Report of an investigation of the epidemic of malarial fever in Assam, or, kala-azar
Disease focus: Malaria
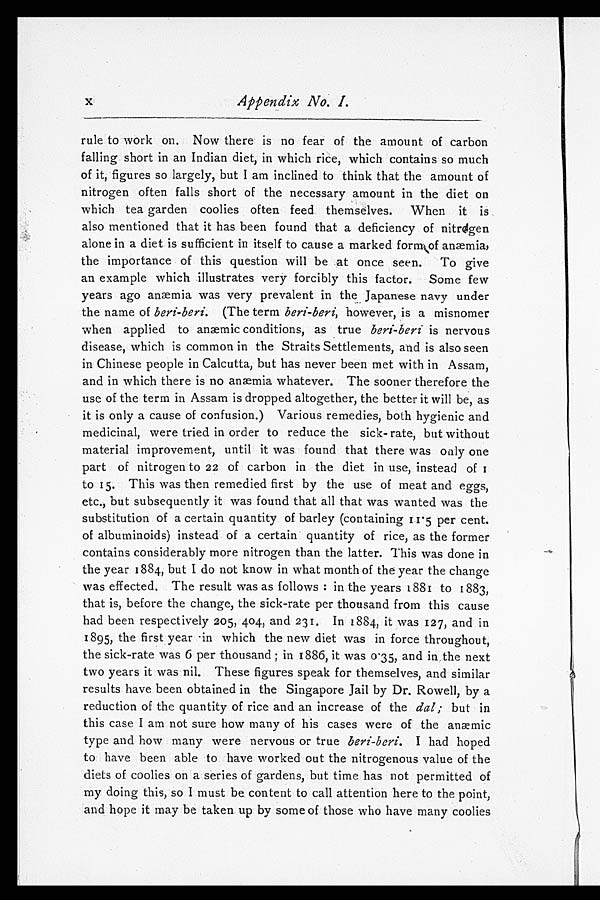
x Appendix No. I.
rule to work on. Now there is no fear of the amount of carbon
falling short in an Indian diet, in which rice, which contains so much
of it, figures so largely, but I am inclined to think that the amount of
nitrogen often falls short of the necessary amount in the diet on
which tea garden coolies often feed themselves. When it is
also mentioned that it has been found that a deficiency of nitrogen
alone in a diet is sufficient in itself to cause a marked form of anæmia,
the importance of this question will be at once seen. To give
an example which illustrates very forcibly this factor. Some few
years ago anæmia was very prevalent in the Japanese navy under
the name of beri-beri. (The term beri-beri, however, is a misnomer
when applied to anaemic conditions, as true beri-beri is nervous
disease, which is common in the Straits Settlements, and is also seen
in Chinese people in Calcutta, but has never been met with in Assam,
and in which there is no anæmia whatever. The sooner therefore the
use of the term in Assam is dropped altogether, the better it will be, as
it is only a cause of confusion.) Various remedies, both hygienic and
medicinal, were tried in order to reduce the sick- rate, but without
material improvement, until it was found that there was only one
part of nitrogen to 22 of carbon in the diet in use, instead of
1 t o 1 5 . T h i s w a s t h e n r e m e d i e d f i r s t b y t h e u s e o f m e a t a n d e g g s ,
etc., but subsequently it was found that all that was wanted was the
substitution of a certain quantity of barley (containing 11.5 per cent.
of albuminoids) instead of a certain quantity of rice, as the former
contains considerably more nitrogen than the latter. This was done in
the year 1884, but I do not know in what month of the year the change
was effected. The result was as follows: in the years 1881 to 1883,
that is, before the change, the sick-rate per thousand from this cause
had been respectively 205, 404, and 231. In 1884, it was 127, and in
1895, the first year in which the new diet was in force throughout,
the sick-rate was 6 per thousand; in 1886, it was 0.35, and in the next
two years it was nil. These figures speak for themselves, and similar
results have been obtained in the Singapore Jail by Dr. Rowell, by a
reduction of the quantity of rice and an increase of the dal ; but in
this case I am not sure how many of his cases were of the anæmic
type and how many were nervous or true beri-beri. I had hoped
to have been able to have worked out the nitrogenous value of the
diets of coolies on a series of gardens, but time has not permitted of
my doing this, so I must be content to call attention here to the point,
and hope it may be taken up by some of those who have many coolies